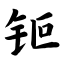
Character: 钷